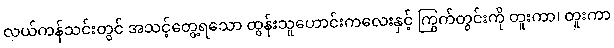
လယ်ကန်သင်းတွင် အသင့်တွေ့ရသော ထွန်းသူဟောင်းကလေးနှင့် ကြွက်တွင်းကို တူးကာ၊ တူးကာ